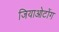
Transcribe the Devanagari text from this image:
जियाओटोंग